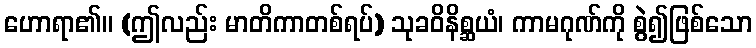
ဟောရာ၏။ (ဤလည်း မာတိကာတစ်ရပ်) သုခဝိနိစ္ဆယံ၊ ကာမဂုဏ်ကို စွဲ၍ဖြစ်သော